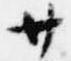
廿